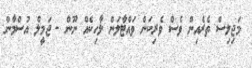
މަޖިލިސް ތެރެއިން ވެސް ވެރިކަން ވައްޓާލަން ލާހިކެއް ނޫން - ޖަމީލް އުސްމާން